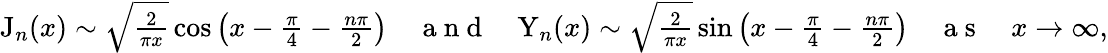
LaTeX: \begin{array}{r}{\mathrm{J}_{n}(x)\sim\sqrt{\frac{2}{\pi x}}\cos\left(x-\frac{\pi}{4}-\frac{n\pi}{2}\right)\quad\mathrm{~a~n~d~}\quad\mathrm{Y}_{n}(x)\sim\sqrt{\frac{2}{\pi x}}\sin\left(x-\frac{\pi}{4}-\frac{n\pi}{2}\right)\quad\mathrm{~a~s~}\quad x\rightarrow\infty,}\end{array}